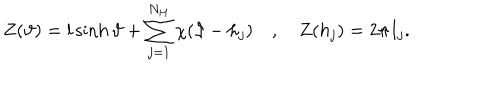
LaTeX: Z ( \vartheta ) = l \sinh \vartheta + \displaystyle \sum _ { j = 1 } ^ { N _ { H } } \chi ( \vartheta - h _ { j } ) \quad , \quad Z ( h _ { j } ) = 2 \pi I _ { j } .